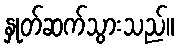
နှုတ်ဆက်သွားသည်။